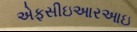
એફસીઇઆરઆઇ